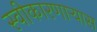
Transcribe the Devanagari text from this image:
स्वीकारणार्‍यास